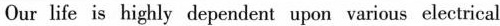
Our life is highly dependent upon various electrical